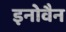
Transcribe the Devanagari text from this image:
इनोवैन